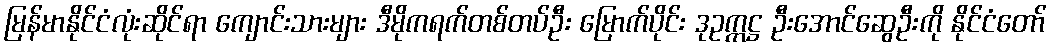
မြန်မာနိုင်ငံလုံးဆိုင်ရာ ကျောင်းသားများ ဒီမိုကရက်တစ်တပ်ဦး မြောက်ပိုင်း ဒုဥက္ကဋ္ဌ ဦးအောင်ဆွေဦးကို နိုင်ငံတော်